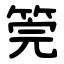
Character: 筦